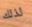
لذلك